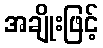
အချိုးဖြင့်